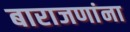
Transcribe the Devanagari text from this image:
बाराजणांना